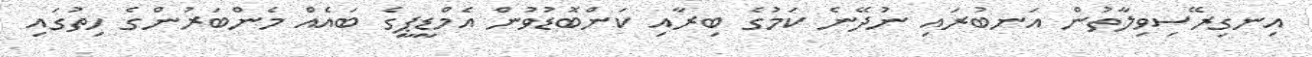
އިނގިރޭސިވިލާތުން އަނބުރައި ނުދޭނެ ކަމުގެ ބިރާއި ކަންބޮޑުވުން އެމްޑީޕީގެ ބައެއް މެންބަރުންގެ ހިތުގައި